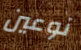
نوعين